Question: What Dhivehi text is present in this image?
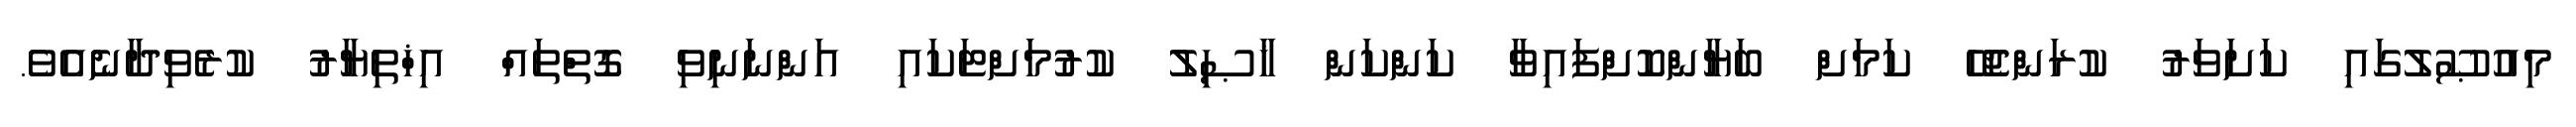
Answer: މިއުޞޫލުގައި ކަށަވަރު ކުރަންޖެހޭ ކަމަށް ބަޔާންކޮށްފައިވާ ކަންކަން ޚާޞިލު ކުރުމަށްޓަކައި އަންނަނިވި ގޮތްތައް އިޚްތިޔާރު ކުރެވިދާނެއެވެ.